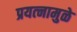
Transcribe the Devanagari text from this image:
प्रयत्‍नामुळे